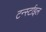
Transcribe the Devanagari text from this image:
टर्न्स्टाइल